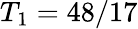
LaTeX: T_{1}=48/17